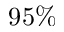
9 5 \%